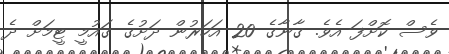
ވެސް ކޮށްފަ އެވެ. ގާނާގެ 20 އަހަރުން ދަށުގެ ގައުމީ ޓީމަށް ދެ